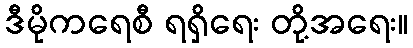
ဒီမိုကရေစီ ရရှိရေး တို့အရေး။